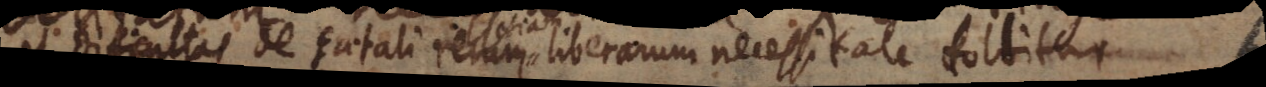
et difficultas de fatali rerum etiam liberarum necessitate tollitur